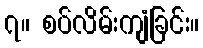
၇။ စပ်လိမ်းကျံခြင်း။